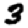
Digit: 3